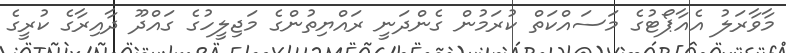
މާވާރަލު އެއާޕޯޓުގެ މަސައްކަތް ކުރަމުން ގެންދަނީ ރައްޔިތުންގެ މަޖިލީހުގެ ގައްދޫ ދާއިރާގެ ކުރީގެ